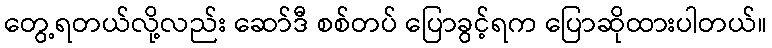
တွေ့ရတယ်လို့လည်း ဆော်ဒီ စစ်တပ် ပြောခွင့်ရက ပြောဆိုထားပါတယ်။